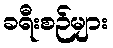
ခရီးစဉ်များ